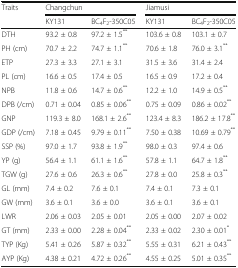
<table><thead><tr><td rowspan="2"><b>Traits</b></td><td colspan="2"><b>Changchun</b></td><td colspan="2"><b>Jiamusi</b></td></tr><tr><td><b>KY131</b></td><td><b>BC<sub>4</sub>F<sub>2</sub>-350C05</b></td><td><b>KY131</b></td><td><b>BC<sub>4</sub>F<sub>2</sub>-350C05</b></td></tr></thead><tbody><tr><td>DTH</td><td>93.2 ± 0.8</td><td>97.2 ± 1.5<sup>**</sup></td><td>103.6 ± 0.8</td><td>103.1 ± 0.7</td></tr><tr><td>PH (cm)</td><td>70.7 ± 2.2</td><td>74.7 ± 1.1<sup>**</sup></td><td>70.6 ± 1.8</td><td>76.0 ± 3.1<sup>**</sup></td></tr><tr><td>ETP</td><td>27.3 ± 3.3</td><td>27.1 ± 3.1</td><td>31.5 ± 3.6</td><td>31.4 ± 2.4</td></tr><tr><td>PL (cm)</td><td>16.6 ± 0.5</td><td>17.4 ± 0.5</td><td>16.5 ± 0.9</td><td>17.2 ± 0.4</td></tr><tr><td>NPB</td><td>11.8 ± 0.6</td><td>14.7 ± 0.6<sup>**</sup></td><td>12.2 ± 1.0</td><td>14.9 ± 0.5<sup>**</sup></td></tr><tr><td>DPB (/cm)</td><td>0.71 ± 0.04</td><td>0.85 ± 0.06<sup>**</sup></td><td>0.75 ± 0.09</td><td>0.86 ± 0.02<sup>**</sup></td></tr><tr><td>GNP</td><td>119.3 ± 8.0</td><td>168.1 ± 2.6<sup>**</sup></td><td>123.4 ± 8.3</td><td>186.2 ± 17.8<sup>**</sup></td></tr><tr><td>GDP (/cm)</td><td>7.18 ± 0.45</td><td>9.79 ± 0.11<sup>**</sup></td><td>7.50 ± 0.38</td><td>10.69 ± 0.79<sup>**</sup></td></tr><tr><td>SSP (%)</td><td>97.0 ± 1.7</td><td>93.8 ± 1.9<sup>**</sup></td><td>98.0 ± 0.3</td><td>97.4 ± 0.6</td></tr><tr><td>YP (g)</td><td>56.4 ± 1.1</td><td>61.1 ± 1.6<sup>**</sup></td><td>57.8 ± 1.1</td><td>64.7 ± 1.8<sup>**</sup></td></tr><tr><td>TGW (g)</td><td>27.6 ± 0.6</td><td>26.3 ± 0.6<sup>**</sup></td><td>27.8 ± 0.0</td><td>25.8 ± 0.3<sup>**</sup></td></tr><tr><td>GL (mm)</td><td>7.4 ± 0.2</td><td>7.6 ± 0.1</td><td>7.4 ± 0.1</td><td>7.3 ± 0.1</td></tr><tr><td>GW (mm)</td><td>3.6 ± 0.1</td><td>3.6 ± 0.0</td><td>3.6 ± 0.1</td><td>3.6 ± 0.1</td></tr><tr><td>LWR</td><td>2.06 ± 0.03</td><td>2.05 ± 0.01</td><td>2.05 ± 0.00</td><td>2.07 ± 0.02</td></tr><tr><td>GT (mm)</td><td>2.33 ± 0.00</td><td>2.28 ± 0.04<sup>**</sup></td><td>2.33 ± 0.02</td><td>2.30 ± 0.01<sup>*</sup></td></tr><tr><td>TYP (Kg)</td><td>5.41 ± 0.26</td><td>5.87 ± 0.32<sup>**</sup></td><td>5.55 ± 0.31</td><td>6.21 ± 0.43<sup>**</sup></td></tr><tr><td>AYP (Kg)</td><td>4.38 ± 0.21</td><td>4.72 ± 0.26<sup>**</sup></td><td>4.55 ± 0.25</td><td>5.01 ± 0.35<sup>**</sup></td></tr></tbody></table>